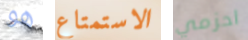
هو الاستمتاع احزمي